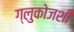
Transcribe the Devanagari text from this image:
ग्लुकोजशी